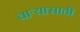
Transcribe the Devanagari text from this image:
चार्‍यासाठी